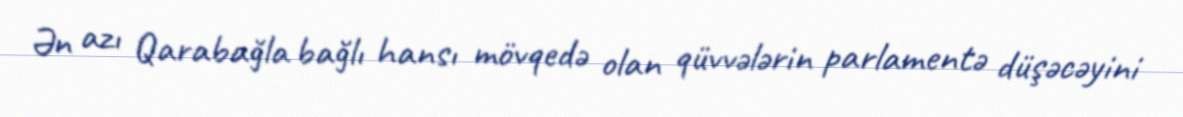
Ən azı Qarabağla bağlı hansı mövqedə olan qüvvələrin parlamentə düşəcəyini